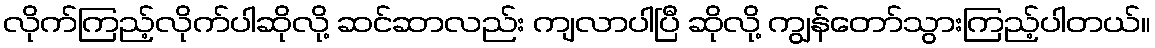
လိုက်ကြည့်လိုက်ပါဆိုလို့ ဆင်ဆာလည်း ကျလာပါပြီ ဆိုလို့ ကျွန်တော်သွားကြည့်ပါတယ်။